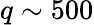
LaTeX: q\sim 500